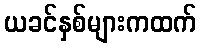
ယခင်နှစ်များကထက်